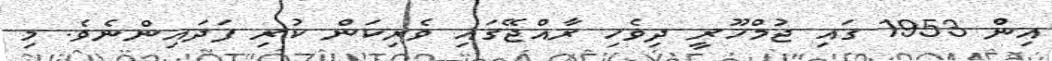
އިން 1953 ގައި ޖުމްހޫރީ ދިވެހި ރާއްޖޭގައި ވެރިކަން ކުރި ފަދައިންނެވެ. މި